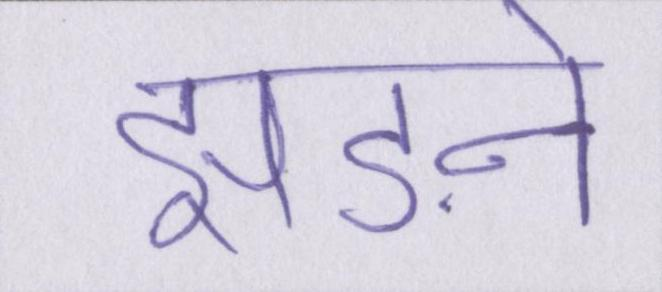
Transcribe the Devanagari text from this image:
झड़ने